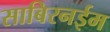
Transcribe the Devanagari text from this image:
साबिरनईम